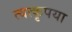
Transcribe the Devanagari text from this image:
त्वत्कृपया